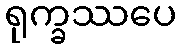
ရုက္ခဿပေ